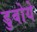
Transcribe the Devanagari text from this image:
डुबोये